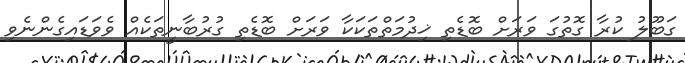
ގަބޫލު ކުރާ ގޮތުގަ ވަރަށް ބޮޑެތި ޚިދުމަތްތަކަކާ ވަރަށް ބޮޑެތި ގުރުބާނީތަކެއް ވެވަޑައިގެންނެވި